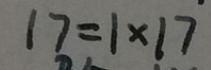
1 7 = 1 \times 1 7